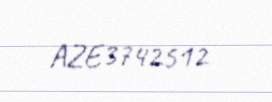
AZE3742512